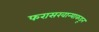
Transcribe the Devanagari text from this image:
फरासखान्याकडून